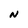
Character: N